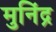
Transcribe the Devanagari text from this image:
मुनिंद्र